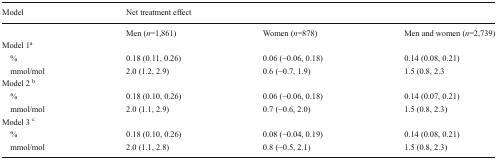
<table><thead><tr><td><b>Model</b></td><td colspan="3"><b>Net treatment effect</b></td></tr></thead><tbody><tr><td></td><td>Men (<i>n</i>=1,861)</td><td>Women (<i>n</i>=878)</td><td>Men and women (<i>n</i>=2,739)</td></tr><tr><td colspan="4">Model 1<sup>a</sup></td></tr><tr><td>%</td><td>0.18 (0.11, 0.26)</td><td>0.06 (−0.06, 0.18)</td><td>0.14 (0.08, 0.21)</td></tr><tr><td>mmol/mol</td><td>2.0 (1.2, 2.9)</td><td>0.6 (−0.7, 1.9)</td><td>1.5 (0.8, 2.3</td></tr><tr><td colspan="4">Model 2 <sup>b</sup></td></tr><tr><td>%</td><td>0.18 (0.10, 0.26)</td><td>0.06 (−0.06, 0.18)</td><td>0.14 (0.07, 0.21)</td></tr><tr><td>mmol/mol</td><td>2.0 (1.1, 2.9)</td><td>0.7 (−0.6, 2.0)</td><td>1.5 (0.8, 2.3)</td></tr><tr><td colspan="4">Model 3 <sup>c</sup></td></tr><tr><td>%</td><td>0.18 (0.10, 0.26)</td><td>0.08 (−0.04, 0.19)</td><td>0.14 (0.08, 0.21)</td></tr><tr><td>mmol/mol</td><td>2.0 (1.1, 2.8)</td><td>0.8 (−0.5, 2.1)</td><td>1.5 (0.8, 2.3)</td></tr></tbody></table>